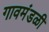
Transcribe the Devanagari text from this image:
गावमंडळी